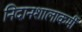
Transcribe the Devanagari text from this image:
निदानशालाकर्मी